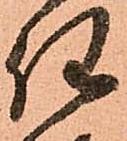
任